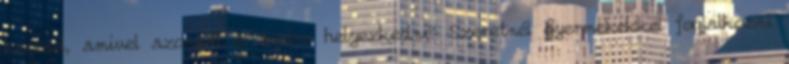
keresel, amivel azonnal el tudsz helyezkedni? Szeretnél gyermekekkel foglalkozni